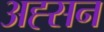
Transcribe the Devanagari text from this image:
अह्सन